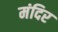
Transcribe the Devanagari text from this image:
मंदिर